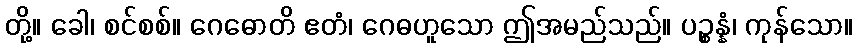
တို့။ ခေါ၊ စင်စစ်။ ဂေဓောတိ ဧတံ၊ ဂေဓဟူသော ဤအမည်သည်။ ပဉ္စန္နံ၊ ကုန်သော။